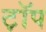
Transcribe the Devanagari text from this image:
ट़ॉप